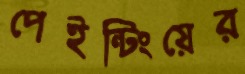
পেইন্টিংয়ের